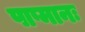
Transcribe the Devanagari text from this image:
पाप्मानः